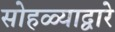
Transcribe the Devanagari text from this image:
सोहळ्याद्वारे